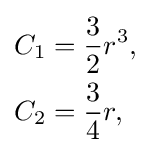
{\begin{aligned}C_{1}&={\frac {3}{2}}r^{3},\\C_{2}&={\frac {3}{4}}r,\end{aligned}}